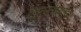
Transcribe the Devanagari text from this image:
खुल्ताबाद